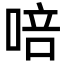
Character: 㖣